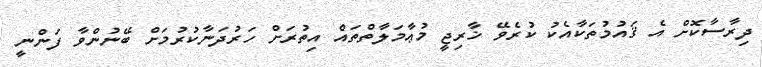
ދިރާސާކޮށް އެ ޤައުމުތަކާއެކު ކުރެވޭ ޚާރިޖީ މުޢާމަލާތްތައް އިތުރަށް ހަރުދަނާކުރުމަށް ބޭނުންވާ ފަންނީ